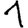
Digit: 1